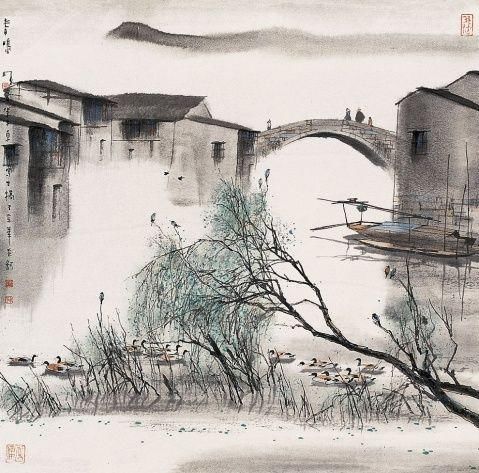
见说新愁，如今也到鸥边。